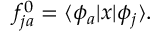
f _ { j a } ^ { 0 } = \langle \phi _ { a } | x | \phi _ { j } \rangle .